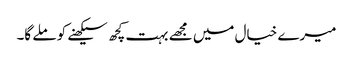
میرے خیال میں مجھے بہت کچھ سیکھنے کو ملے گا۔